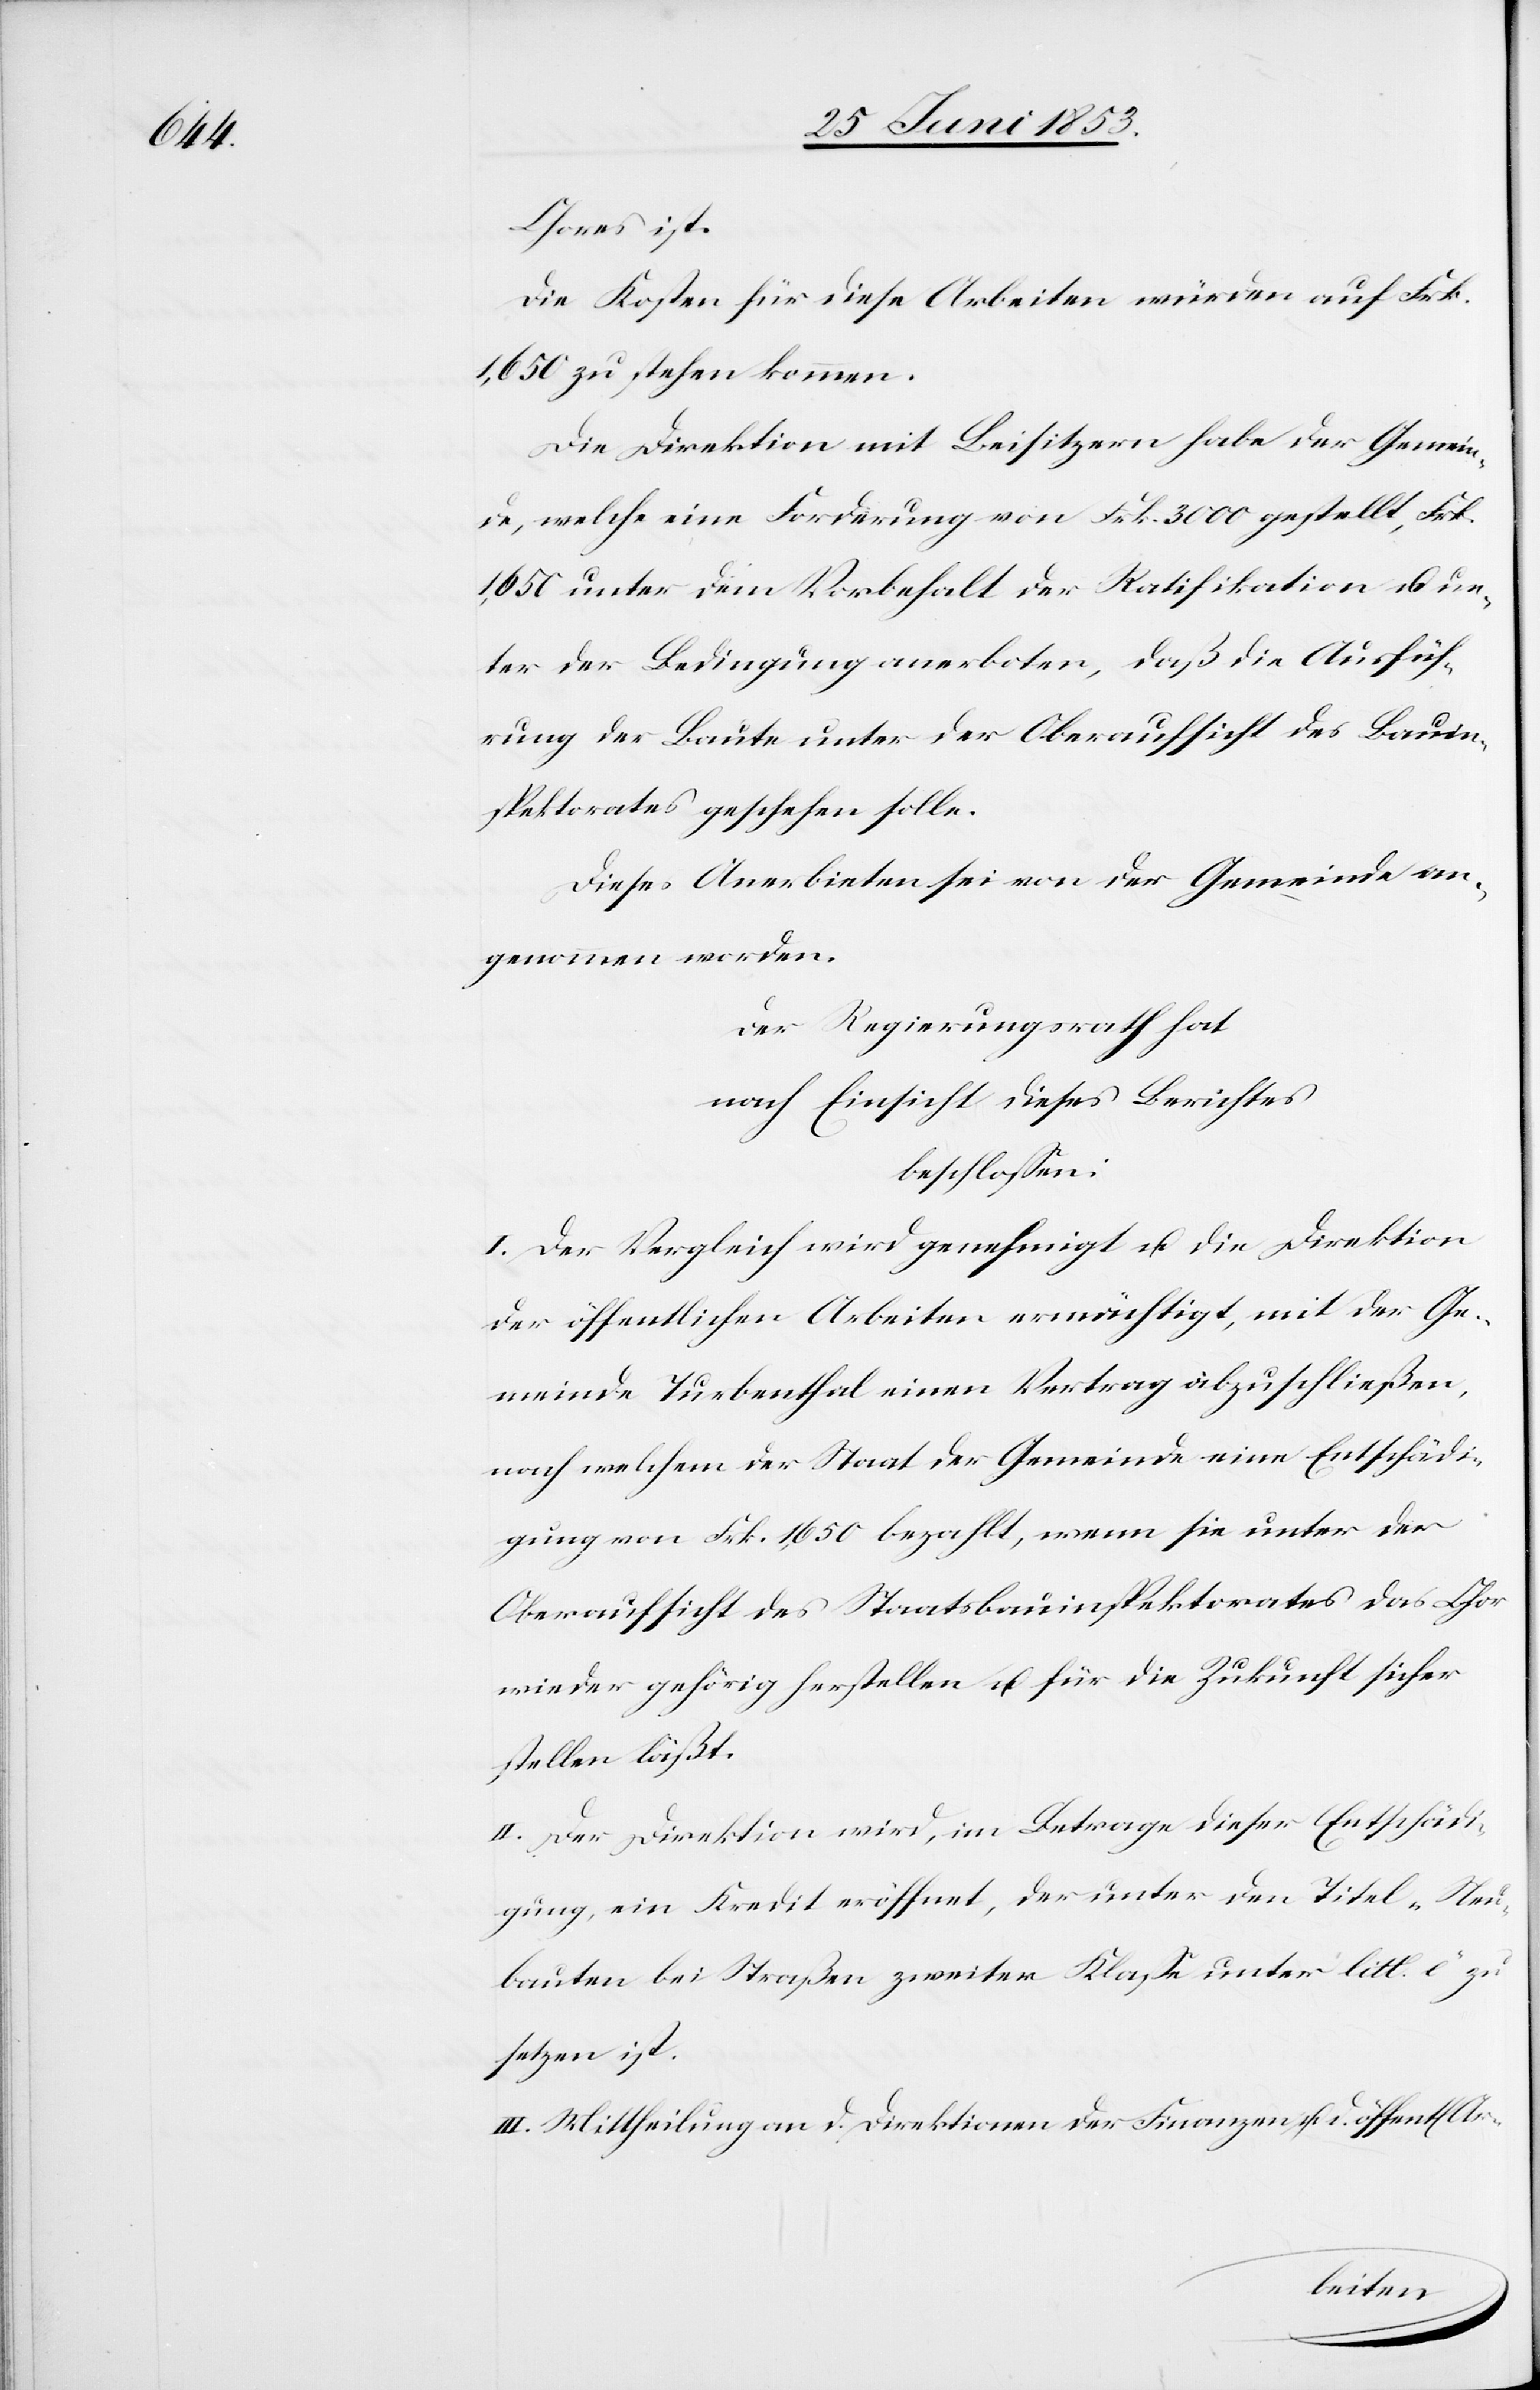
Chores ist.
Die Kosten für diese Arbeiten würden auf Frk.
1,650 zu stehen kommen.
Die Direktion mit Beisitzern habe der Gemeind¬
e, welche eine Forderung von Frk. 3000 gestellt, Frk.
1,650 unter dem Vorbehalt der Ratifikation u. un¬
ter der Bedingung anerboten, daß die Ausfüh¬
rung der Baute unter der Oberaufsicht des Bauin¬
spektorates geschehen solle.
Dieses Anerbieten sei von der Gemeinde an¬
genommen worden.
Der Regierungsrath hat
nach Einsicht dieses Berichtes
beschloßen:
I. Der Vergleich wird genehmigt u. die Direktion
der öffentlichen Arbeiten ermächtigt, mit der Ge¬
meinde Turbenthal einen Vertrag abzuschließen,
nach welchem der Staat der Gemeinde eine Entschädi¬
gung von Frk. 1,650 bezahlt, wenn sie unter der
Oberaufsicht des Staatsbauinspektorates das Chor
wieder gehörig herstellen u. für die Zukunft sicher
stellen läßt.
II. Der Direktion wird, im Betrage dieser Entschädi¬
gung, ein Kredit eröffnet, der unter den Titel „Neu¬
bauten bei Straßen zweiter Klaße unter litt. c“ zu
setzen ist.
III. Mittheilung an d. Direktionen der Finanzen u. d. öffentl.